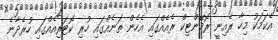
އެކަމަކު މިހާ ރެއިނީ ރޮމޭންޓިކް ރެއެއްގައި އެހެން ތަނެއްގައި ހުރި ކޮޓަރިއެއްގައި ހުރެދާނެ